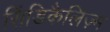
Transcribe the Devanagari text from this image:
सिंडिकैलिज़्म